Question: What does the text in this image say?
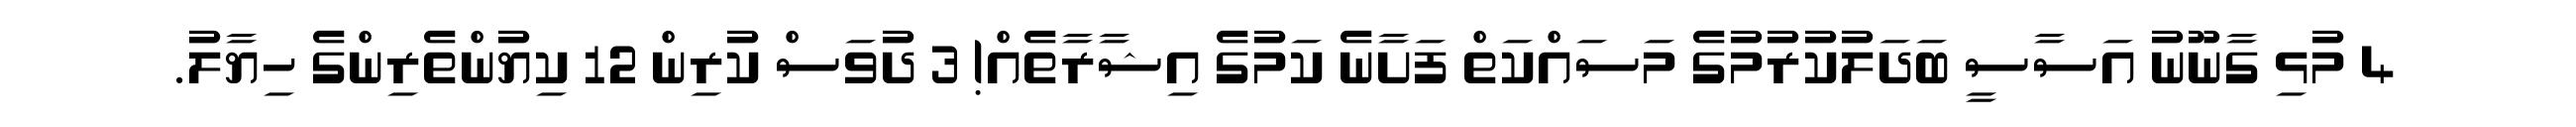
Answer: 4 މުޅި ގާނޫނު އަސާސީ ބަދަލުކުރުމުގެ މަސައްކަތް ފަށާނެ ކަމުގެ އިޝާރާތެއް! 3 ދުވަސް ކުރިން 12 ކިޔުންތެރިންގެ ހިޔާލު.